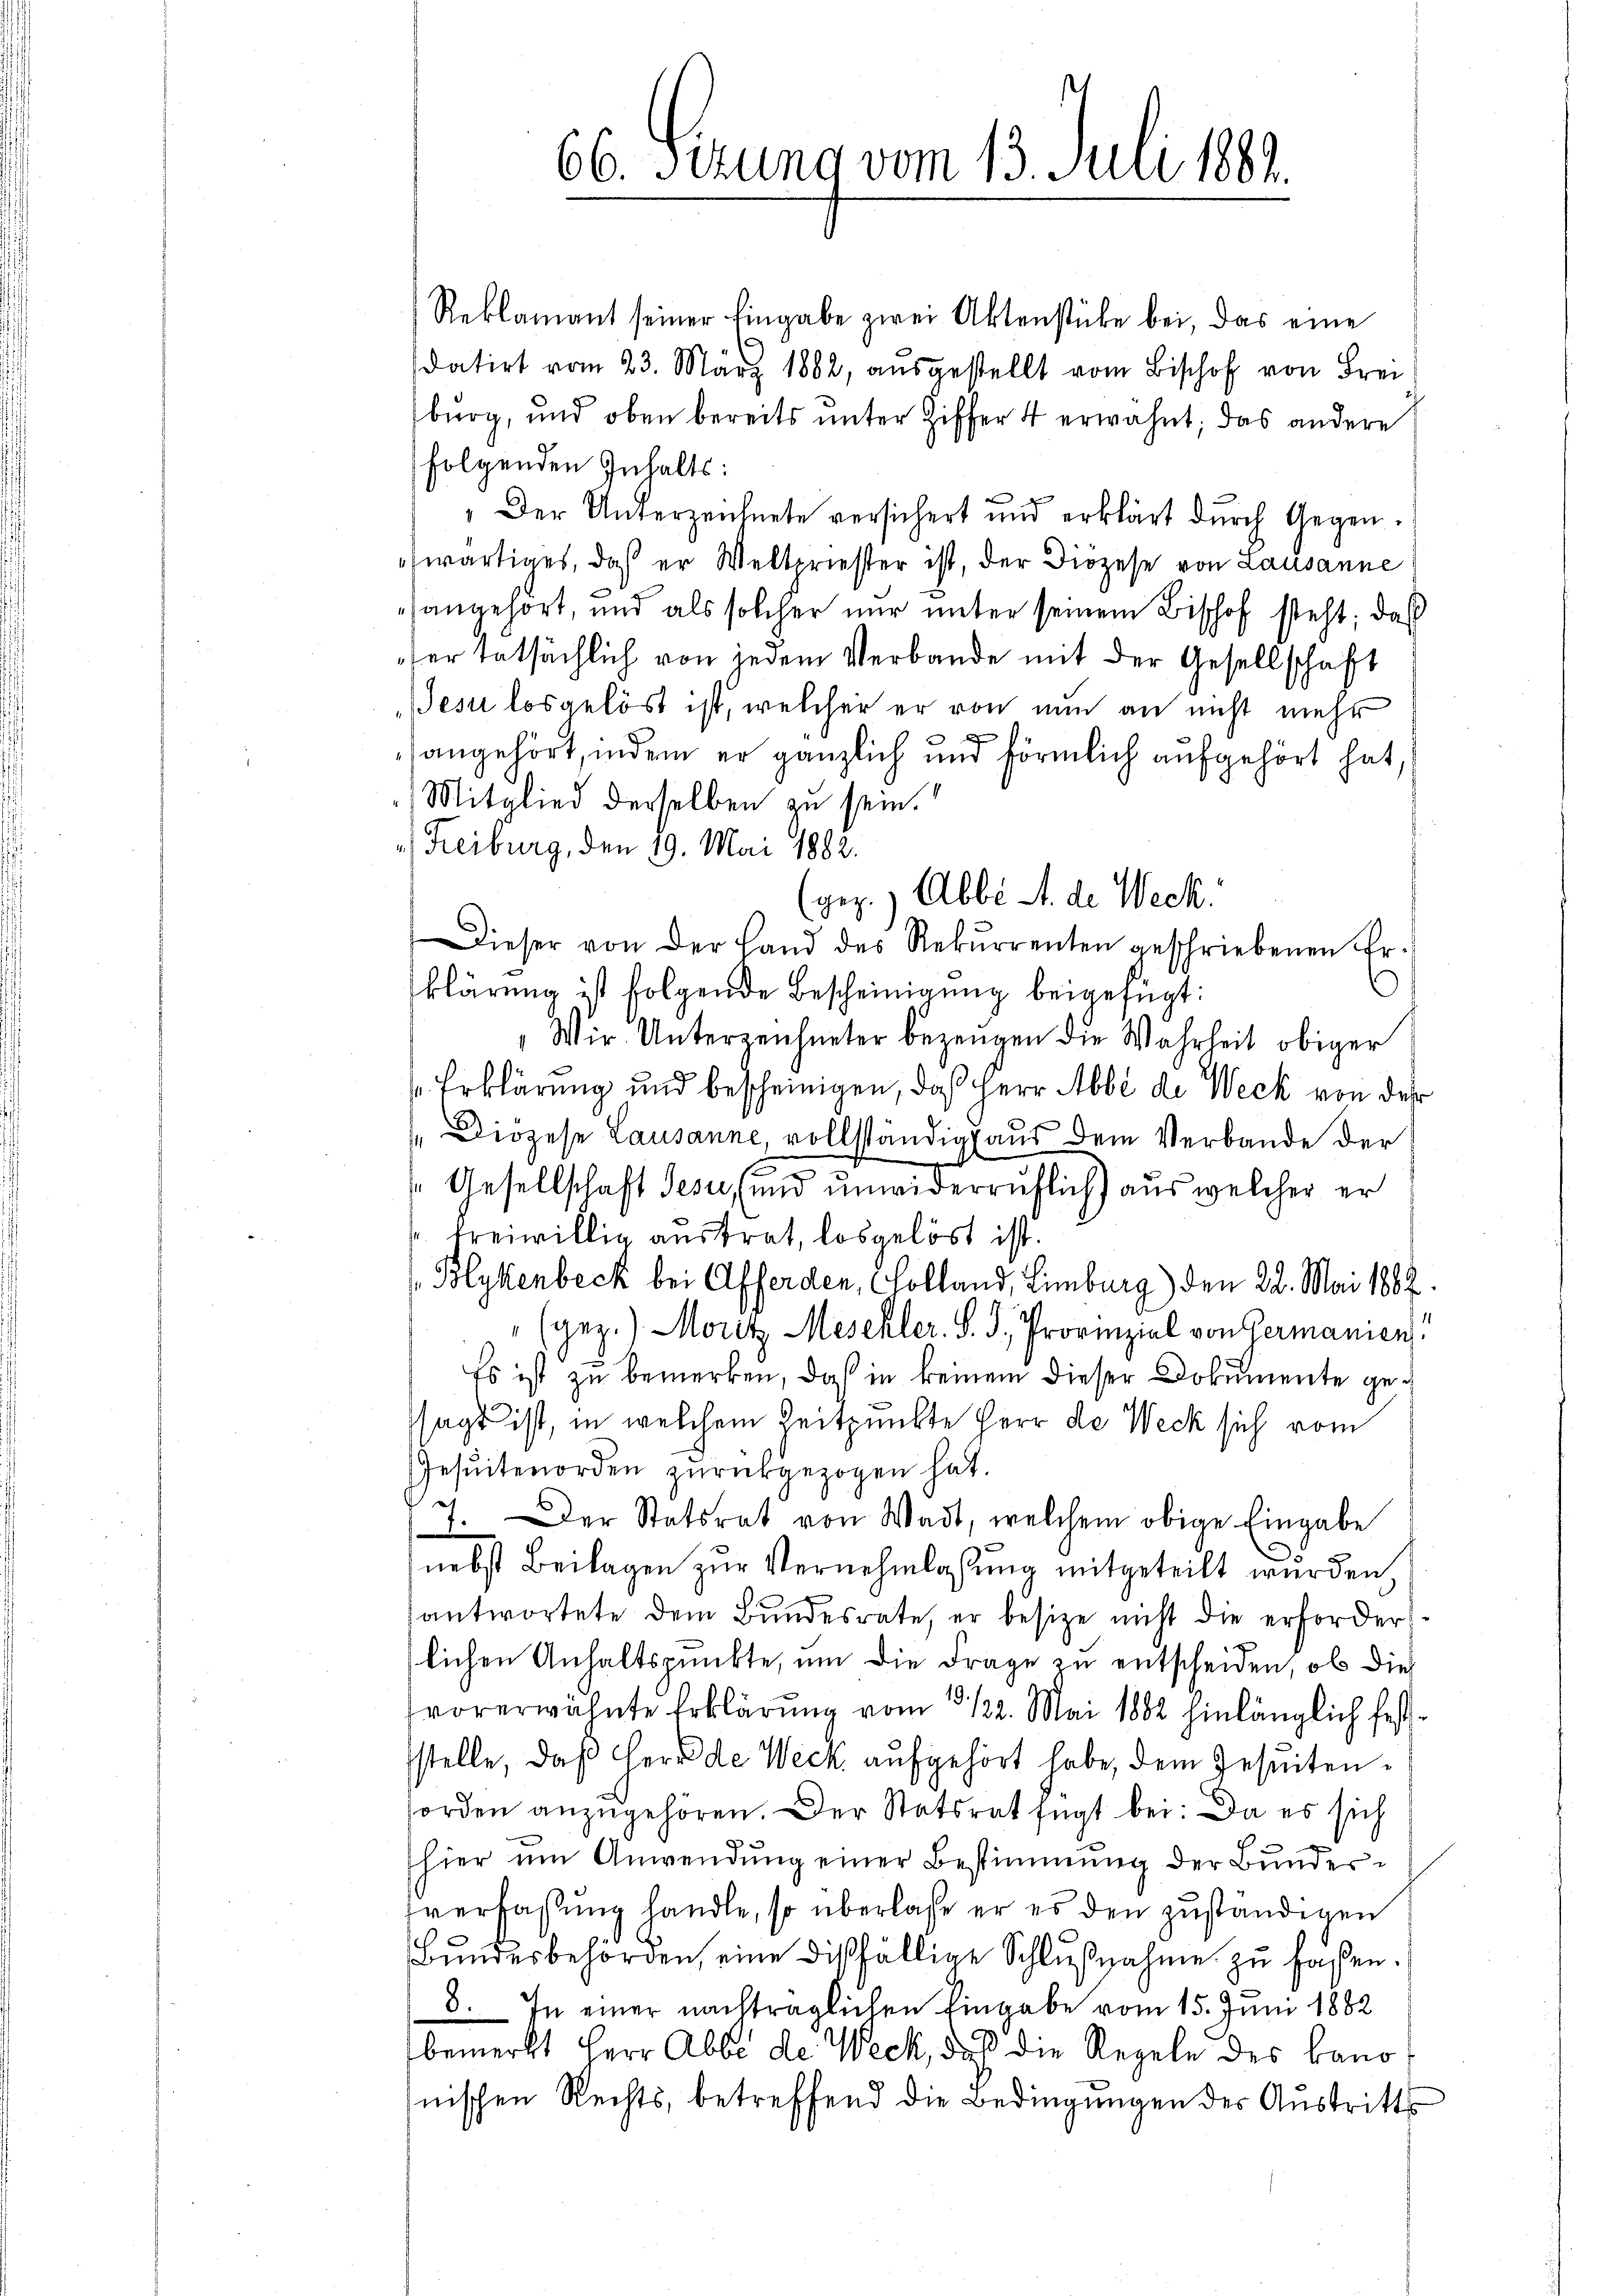
66. Ferung vom 13. Juli 1882.

Reklamant seiner Eingabe zwei Aktenstücke bei, das eine
datirt vom 23. März 1882, aŭsgestellt vom Bischof von Frei
burg, und oben bereits ŭnter Ziffer 4 erwähnt; das andere
folgenden Inhalts:
„Der Unterzeichnete versichert und erklärt durch Gegenwärtiges, daß er Weltpriester ist, der Diözese von Lausanne
hangehört, und als solcher nur unter seinem Bischof steht; das
ser tatsächlich von jedem Verbande mit der Gesellschaft
Jesu losgelöst ist, welcher er von nun an nicht mehr
x
sangehört, indem er gänzlich und förmlich aufgehört hat,
Mitglied derselben zu sein.
) Freiburg, den 19. Mai 1882.
(gez.) Abbe M. de Weck.
Dieser von der Land des Rekŭrrenten geschriebenen Er-
klärung ist folgende Bescheinigung beigefügt:
"Wir. Unterzeichneter bezeugen die Wahrheit obiger
Erklärung und bescheinigen, daß Herr Abbé de Weck von der
 Diözese Lausanne, vollständig aus dem Verbande der
Gesellschaft Jesu, (und unwiderruflich) aus welcher er
 freiwillig austrat, losgelöst ist.
Blykenbeck bei Afferden, Cholland, Limburg) den 22. Mai 1882
(gez.) Moritz Mesekler. S. J. Provinziel von Germanien
Es ist zu bemerken, daß in keinem dieser Dokumente gesagt ist, in welchem Zeitpunkte Herr de Weck sich vom
esuitenorden zurückgezogen hat.
7. Der Statsrat von Wadt, welchem obige Eingabe
nebst Beilagen zur Vernehmlassung mitgeteilt wurden.
antwortete dem Bundesrate, er besize nicht die erforderlichen Anhaltspunkte, um die Frage zu entscheiden, ob die
vorerwähnte Erklärung vom 15. 122. Mai 1882 hinlänglich festsstelle, daß Herr de Weck aufgehört habe, dem Jesuitenorden anzugehören. Der Statsrat fügt bei: Da es sich
hier um Anwendung einer Bestimmung der Bundertverfassung handle, so überlasse er es den zuständigen
Bŭndesbehörden, eine dießfällige Schlŭβnahme zŭ faßen.
8. In einer nachträglichen Eingabe vom 15. Juni 1882
bemerkt Herr Abbi der Weck, daß die Regeln des kanonischen Rechts, betreffend die Bedingungen des Austritt